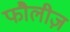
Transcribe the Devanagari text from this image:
फौलीज़